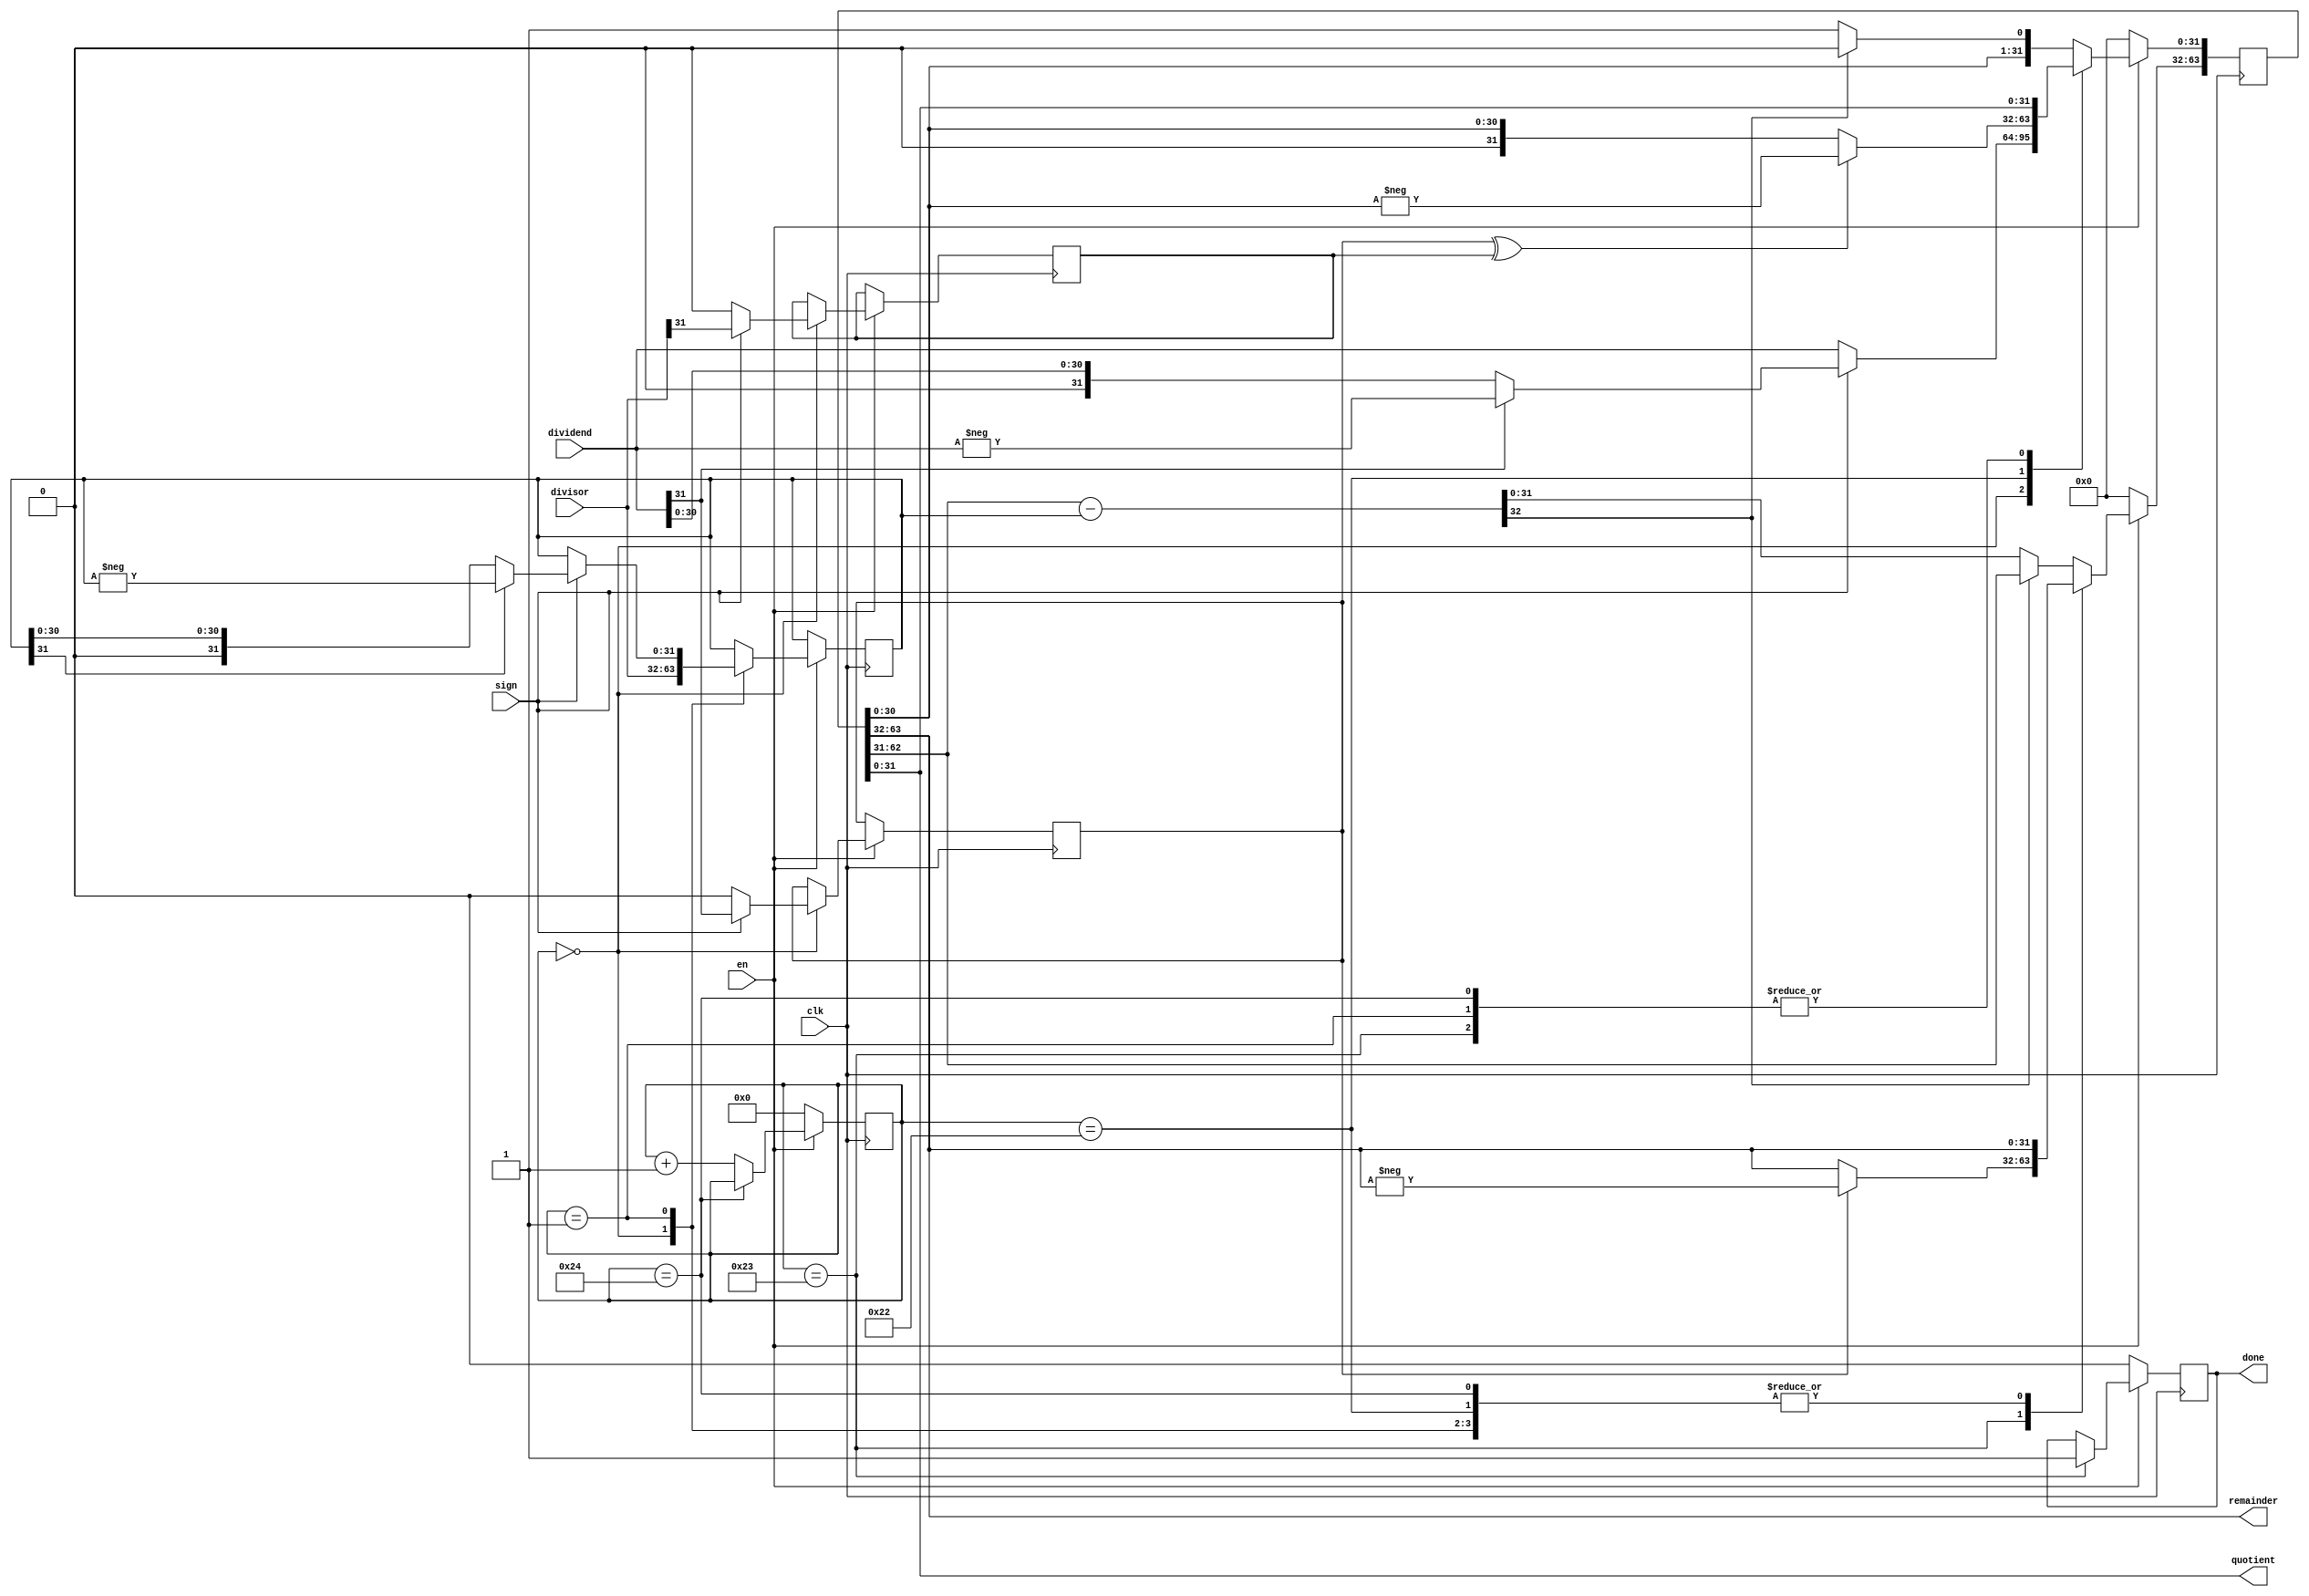
`timescale 1ns / 1ps

module div_subshift 
  # (
     parameter DATA_W = 32
     )
   (
    input               clk,
    
    input               en,
    input               sign,
    output reg          done,

    input [DATA_W-1:0]  dividend,
    input [DATA_W-1:0]  divisor,
    output [DATA_W-1:0] quotient,
    output [DATA_W-1:0] remainder
    );

   reg [2*DATA_W-1:0]   rq;
   reg [DATA_W-1:0] 	divisor_reg;
   reg                  divident_sign;
   reg                  divisor_sign;
   reg [$clog2(DATA_W+5):0] pc;  //program counter
   wire [DATA_W-1:0] 	    subtraend = rq[2*DATA_W-2-:DATA_W];
   reg [DATA_W:0] tmp;
   
   //output quotient and remainder
   assign quotient = rq[DATA_W-1:0];
   assign remainder = rq[2*DATA_W-1:DATA_W];

   //
   //PROGRAM
   //
   
   always @(posedge clk) begin
      if(en) begin
         pc <= pc+1'b1;
         
         case (pc)
	   0: begin //load operands and result sign
              if(sign) begin
                 divisor_reg <= divisor;
                 divisor_sign <= divisor[DATA_W-1];
                 rq[DATA_W-1:0] <= dividend[DATA_W-1]? -dividend: dividend;
                 divident_sign <= dividend[DATA_W-1];
              end else begin
                 divisor_reg <= divisor;
                 divisor_sign <= 1'b0;
                 rq[DATA_W-1:0] <= dividend;
                 divident_sign <= 1'b0;
              end
	   end // case: 0

	   1: begin
	      if(sign)
                divisor_reg <= divisor_reg[DATA_W-1]? -divisor_reg: divisor_reg;
	   end

	   DATA_W+2: begin  //apply sign to quotient
              rq[DATA_W-1:0] <= (divident_sign^divisor_sign)? -rq[DATA_W-2 : 0]: rq[DATA_W-2 : 0];
	   end
	   
	   DATA_W+3: begin  //apply sign to remainder
	      done <= 1'b1;
	      rq[2*DATA_W-1:DATA_W] <= divident_sign? -rq[2*DATA_W-1 -: DATA_W] : rq[2*DATA_W-1 -: DATA_W];
	   end

	   DATA_W+4: pc <= pc;  //finish
	   
	   default: begin //shift and subtract
	      tmp = {1'b0, subtraend} - {1'b0, divisor_reg};
              if(~tmp[DATA_W])
                rq <= {tmp, rq[DATA_W-2 : 0], 1'b1};
              else 
                rq <= {rq[2*DATA_W-2 : 0], 1'b0};
           end
         endcase // case (pc)
         
      end else begin // if (en)
         rq <= 1'b0;
         done <= 1'b0;
         pc <= 1'b0;
      end
   end // always @ *

endmodule